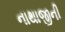
નાથાજીની